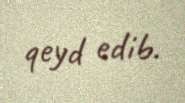
qeyd edib.